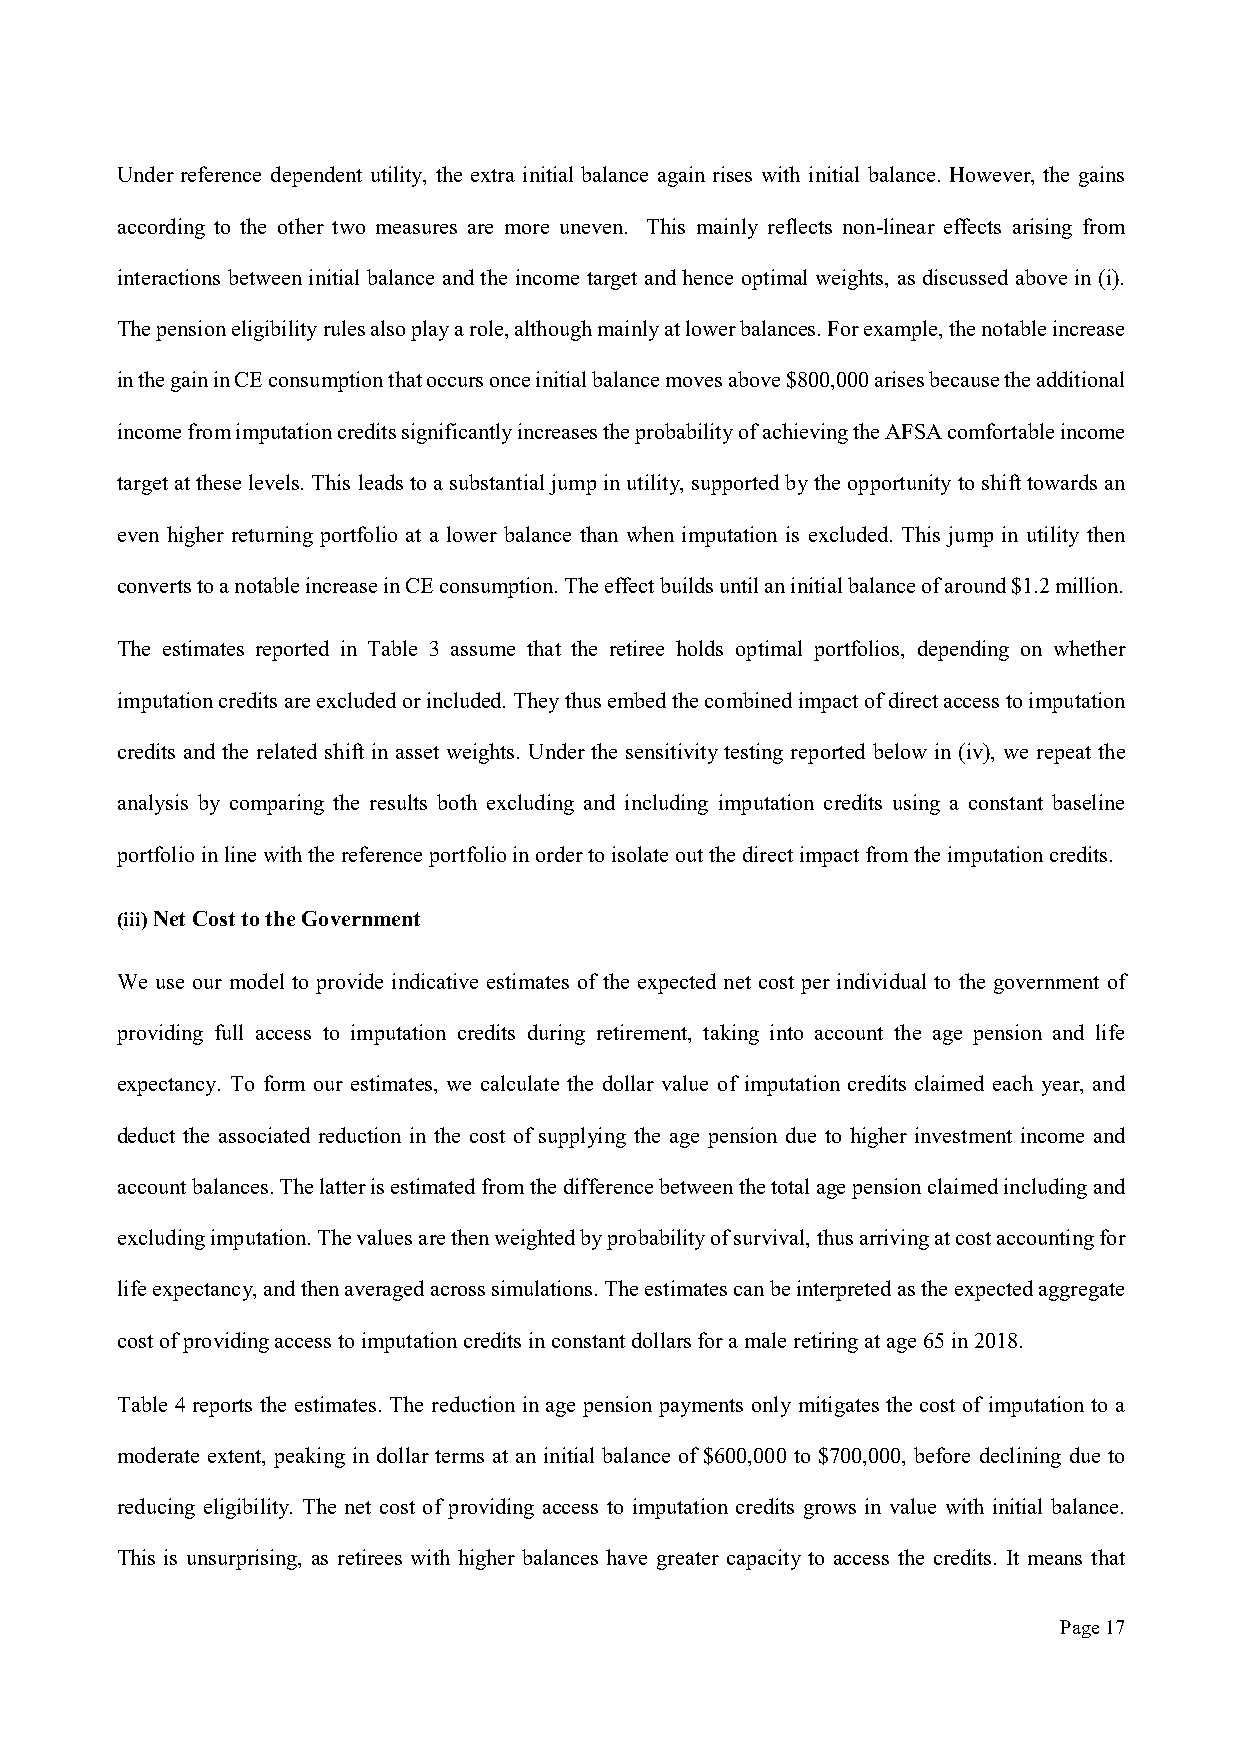
Under reference dependent utility, the extra initial balance again rises with initial balance. However, the gains
 according to the other two measures are more uneven. This mainly reflects non-linear effects arising from
 interactions between initial balance and the income target and hence optimal weights, as discussed above in (i).
 The pension eligibility rules also play a role, although mainly at lower balances. For example, the notable increase
 in the gain in CE consumption that occurs once initial balance moves above $800,000 arises because the additional
 income from imputation credits significantly increases the probability of achieving the AFSA comfortable income
 target at these levels. This leads to a substantial jump in utility, supported by the opportunity to shift towards an
 even higher returning portfolio at a lower balance than when imputation is excluded. This jump in utility then
 converts to a notable increase in CE consumption. The effect builds until an initial balance of around $1.2 million.
 The estimates reported in Table 3 assume that the retiree holds optimal portfolios, depending on whether
 imputation credits are excluded or included. They thus embed the combined impact of direct access to imputation
 credits and the related shift in asset weights. Under the sensitivity testing reported below in (iv), we repeat the
 analysis by comparing the results both excluding and including imputation credits using a constant baseline
 portfolio in line with the reference portfolio in order to isolate out the direct impact from the imputation credits.
 (iii) Net Cost to the Government
 We use our model to provide indicative estimates of the expected net cost per individual to the government of
 providing full access to imputation credits during retirement, taking into account the age pension and life
 expectancy. To form our estimates, we calculate the dollar value of imputation credits claimed each year, and
 deduct the associated reduction in the cost of supplying the age pension due to higher investment income and
 account balances. The latter is estimated from the difference between the total age pension claimed including and
 excluding imputation. The values are then weighted by probability of survival, thus arriving at cost accounting for
 life expectancy, and then averaged across simulations. The estimates can be interpreted as the expected aggregate
 cost of providing access to imputation credits in constant dollars for a male retiring at age 65 in 2018.
 Table 4 reports the estimates. The reduction in age pension payments only mitigates the cost of imputation to a
 moderate extent, peaking in dollar terms at an initial balance of $600,000 to $700,000, before declining due to
 reducing eligibility. The net cost of providing access to imputation credits grows in value with initial balance.
 This is unsurprising, as retirees with higher balances have greater capacity to access the credits. It means that
 Page 17